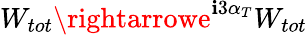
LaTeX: W_{tot}\rightarrowe^{\mathbf{i}3\alpha_{T}}W_{tot}